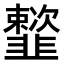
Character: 𩐒